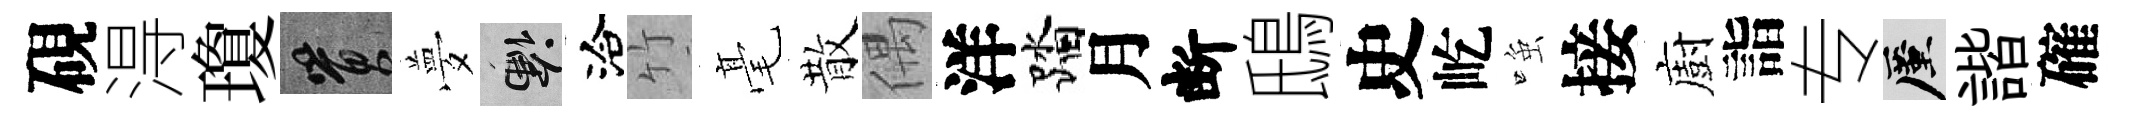
硯淂瓊篔夢懸洽竹毫散偶洋踏月断鴟史屹𫪻接廚詣专厪諧確